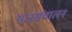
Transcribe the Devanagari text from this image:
गजसंचालन